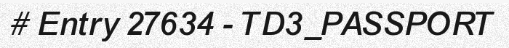
# Entry 27634 - TD3_PASSPORT